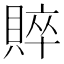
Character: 賥